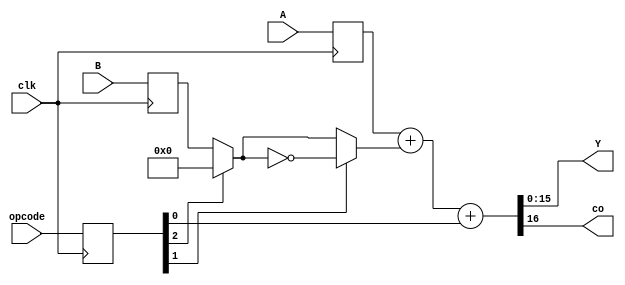
module datapath #(parameter N=16, parameter pipe = 1) (A, B, opcode, Y, co, clk);
  input signed [N-1:0] A, B;
  input [2:0] opcode;
  output signed [N-1:0] Y;
  output co;
  input clk;

  wire [N-1:0] output_mux1;
  wire [N-1:0] output_mux2; 
   
  reg signed [N-1:0] reg_A, reg_B;
  reg [2:0] reg_opcode;
  reg [N-1:0] Y_reg;
  reg co_reg;
  
  generate
    if(pipe == 1)
      begin
        always @ (posedge clk)
          begin
            reg_A <= A;
            reg_B <= B;
            reg_opcode <= opcode;
          end 
  
        // MUX 1: Scelta tra 0 e registro B
        assign output_mux1 = (reg_opcode[2]) ? {N{1'b0}} : reg_B;  

        // MUX 2: Scelta tra l'uscita negata del MUX1 e l'uscita del MUX1
        assign output_mux2 = (reg_opcode[1]) ? ~output_mux1 : output_mux1;

        // ADDER: Se generato il diciassettesimo bit va nella concatenazione in carry-out 
        assign {co_reg, Y_reg} = (reg_A + output_mux2 + reg_opcode[0]); 
        
        assign co = co_reg;
        assign Y = Y_reg;
      end
    else
      begin
        // MUX 1: Scelta tra 0 e B
        assign output_mux1 = (opcode[2]) ? {N{1'b0}}  : B;  

        // MUX 2: Scelta tra l'uscita negata del MUX1 e l'uscita del MUX1
        assign output_mux2 = (opcode[1]) ? ~output_mux1 : output_mux1;

        // ADDER: Se generato il diciassettesimo bit va nella concatenazione in carry-out 
        assign {co,Y} = (A + output_mux2 + opcode[0]);
      end
  endgenerate
endmodule